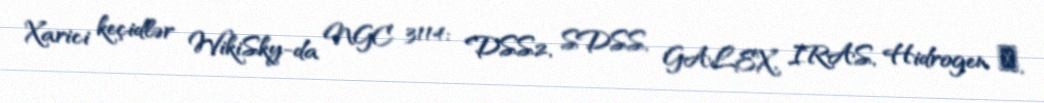
Xarici keçidlər WikiSky-da NGC 3114: DSS2, SDSS, GALEX, IRAS, Hidrogen α,